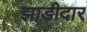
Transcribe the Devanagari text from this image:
झाडीदार